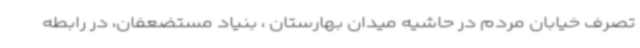
تصرف خیابان مردم در حاشیه میدان بهارستان ، بنیاد مستضعفان، در رابطه